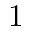
1